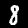
Digit: 8